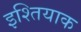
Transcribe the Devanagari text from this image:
इश्तियाक